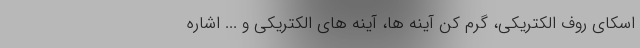
اسکای روف الکتریکی، گرم کن آینه ها، آینه های الکتریکی و ... اشاره